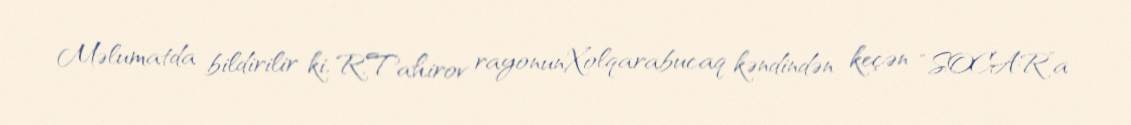
Məlumatda bildirilir ki, R.Tahirov rayonunXolqarabucaq kəndindən keçən “SOCAR”a